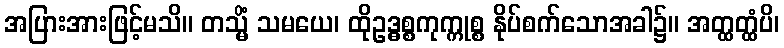
အပြားအားဖြင့်မသိ။ တသ္မိံ သမယေ၊ ထိုဥဒ္ဓစ္စကုက္ကုစ္စ နိုပ်စက်သောအခါ၌။ အတ္ထတ္ထံပိ၊